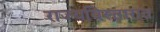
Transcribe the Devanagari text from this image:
राज्यविस्तारात